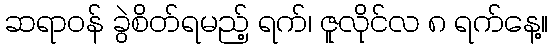
ဆရာဝန် ခွဲစိတ်ရမည့် ရက်၊ ဇူလိုင်လ ၈ ရက်နေ့။